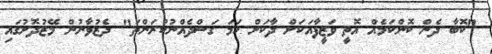
"ކޮބާ ދެން ކޮންކަމެއް އޮތީ ވަޒީފާއަކަށް ދާކަށް ހަމަ ގަސްދެއްނުކުރަންތަ" ދެޒުވާނުން މޭޒުދޮށުގައި